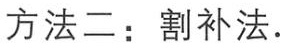
方法二：割补法.